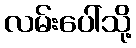
လမ်းပေါ်သို့